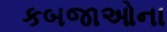
કબજાઓના